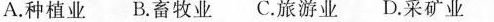
A.种植业B.畜牧业C.旅游业D.采矿业